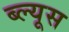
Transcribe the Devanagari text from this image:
ब्ल्यूस